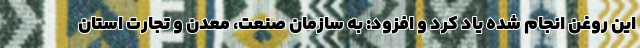
این روغن انجام شده یاد کرد و افزود: به سازمان صنعت، معدن و تجارت استان